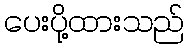
ပေးပို့ထားသည်